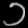
Digit: ၁